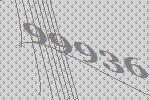
99936